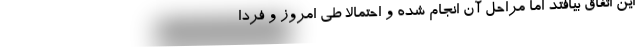
این اتفاق بیافتد اما مراحل آن انجام شده و احتمالا طی امروز و فردا